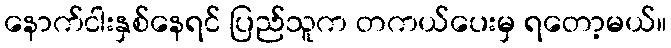
နောက်ငါးနှစ်နေရင် ပြည်သူက တကယ်ပေးမှ ရတော့မယ်။